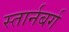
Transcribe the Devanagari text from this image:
स्तार्नबर्ग